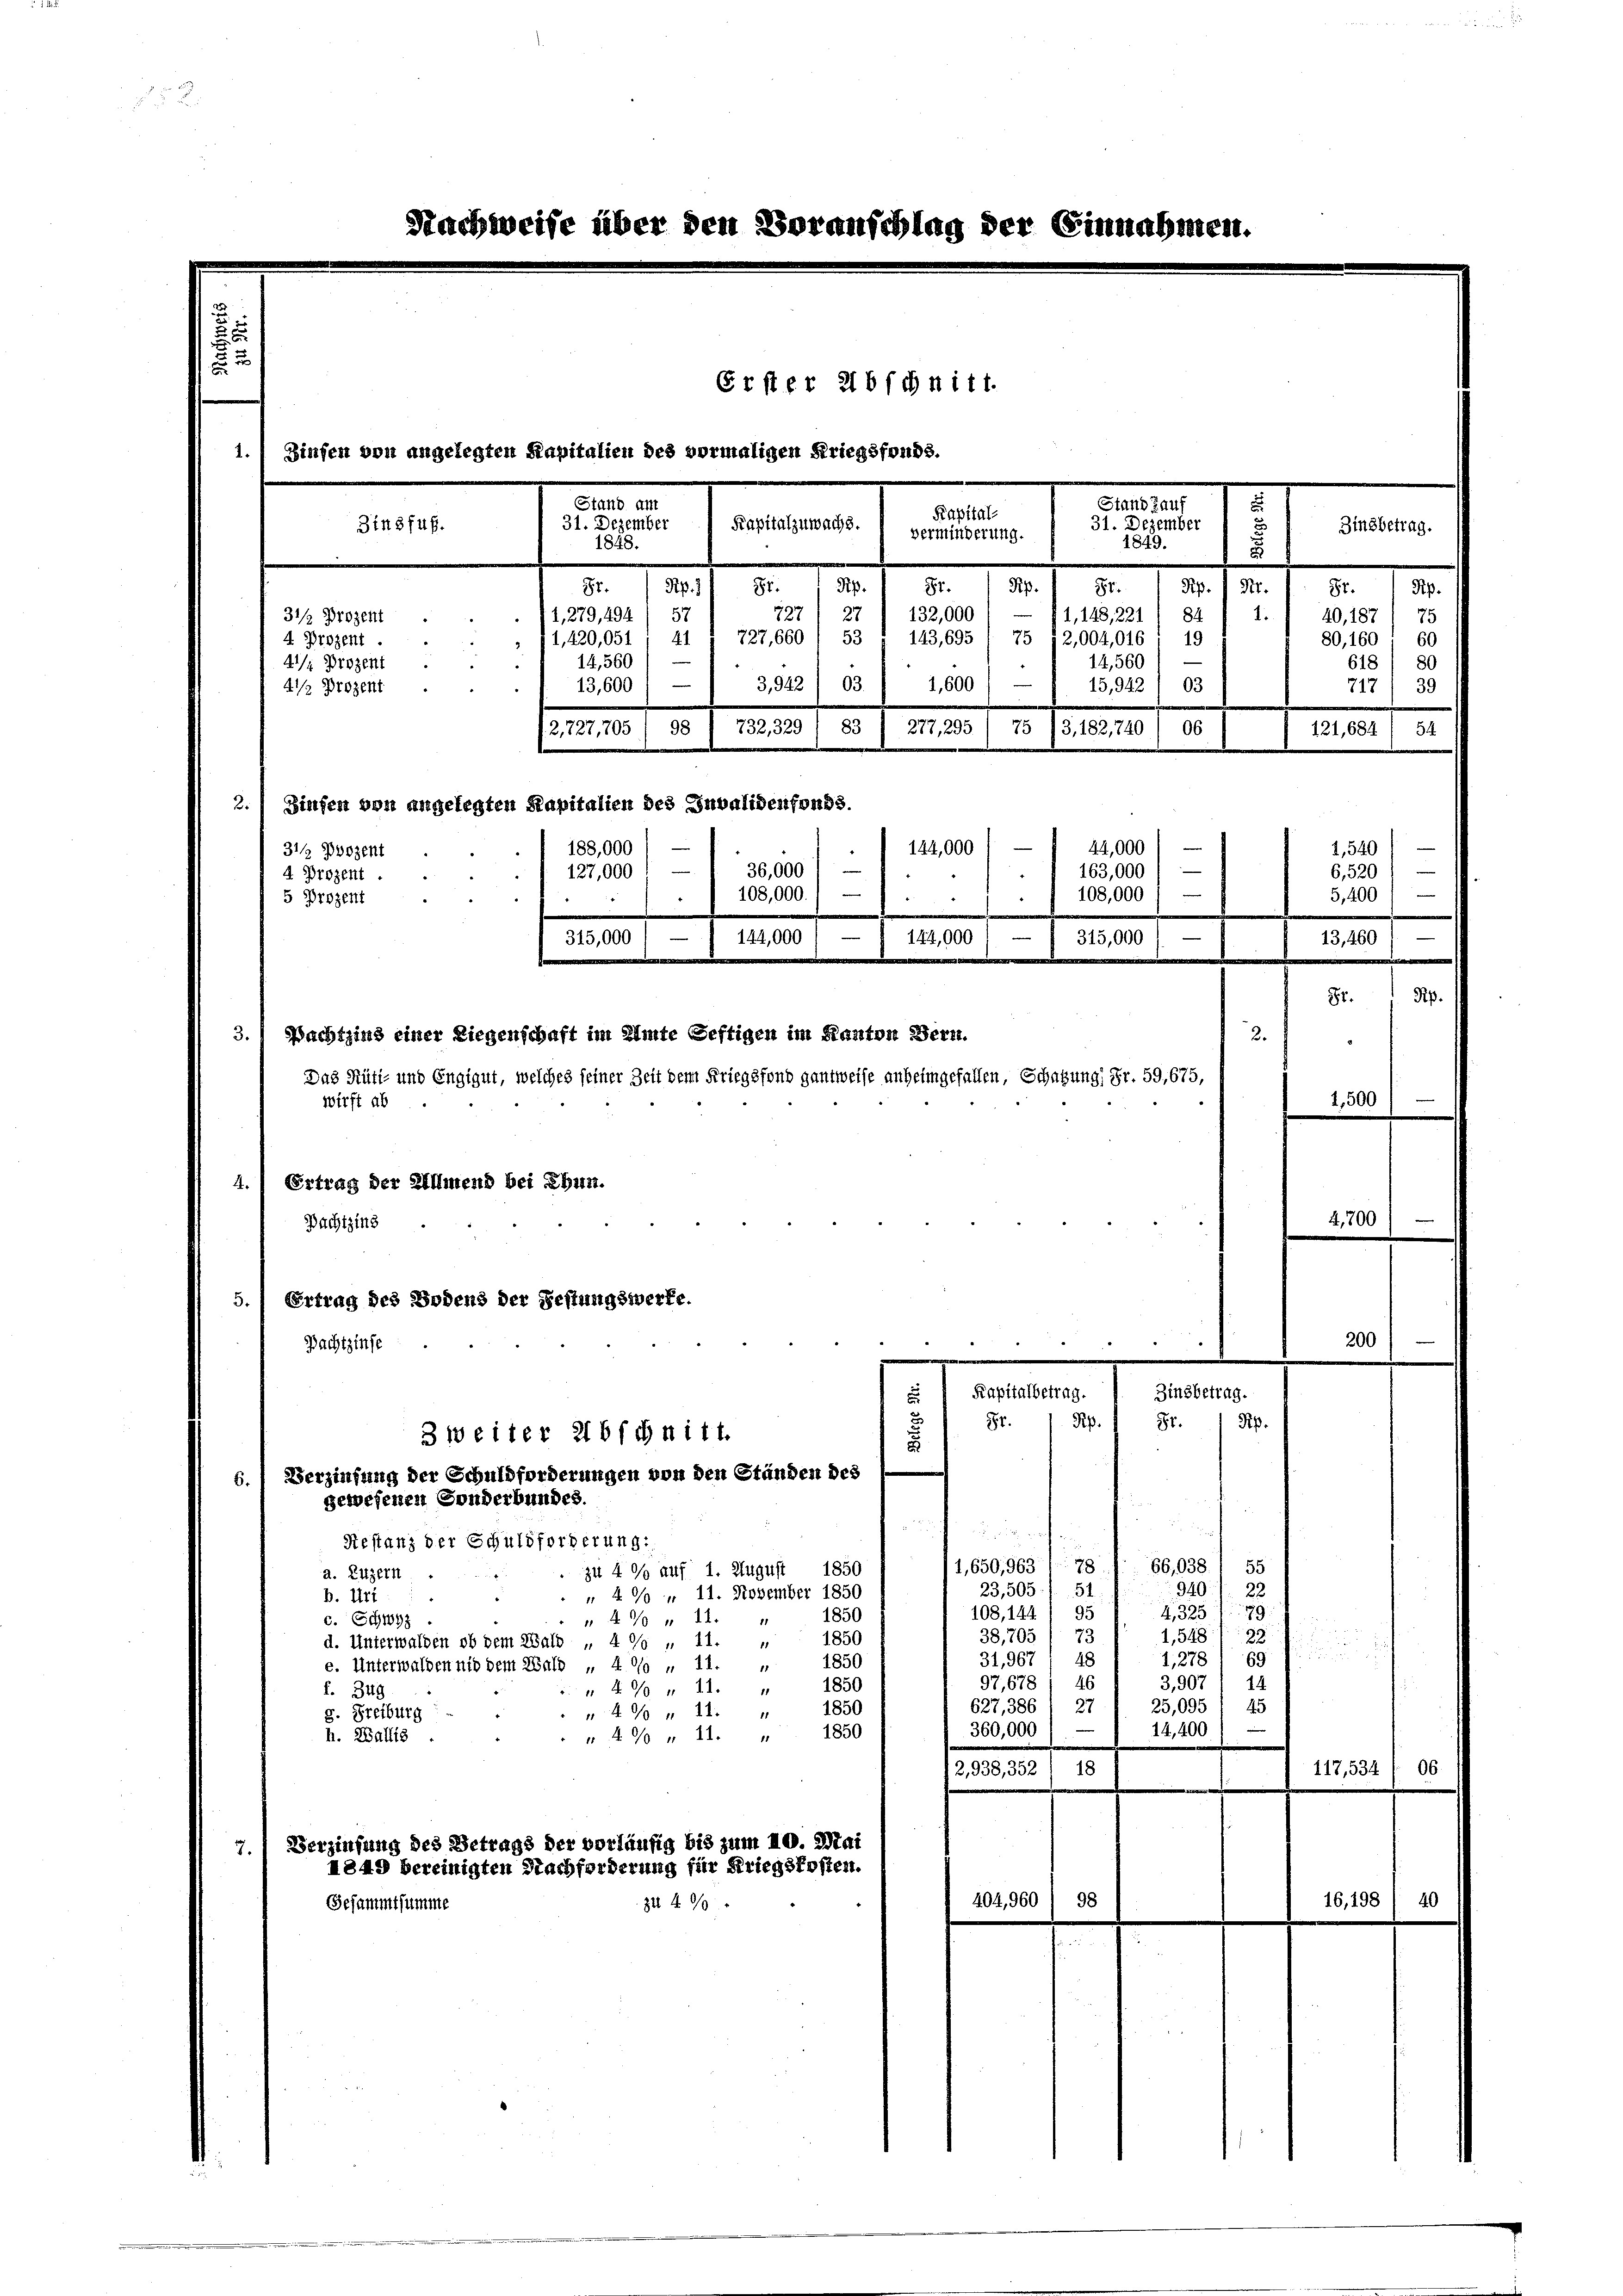
Nachweise über den Voranschlag der Einnahmen.

Erster abschnitt.
1. Zinsen von angelegten Kapitalien des vormaligen Kriegsfonds.
u
Stand am
Stand kauf
Kapital
31. Dezember
Kapitalzuwachs.
31. Dezember
Zinsfuß.
verminderung.
1849.
1848.
8
Rp.
. /. M.
84.
Rp. 1181.
87.
Rp.
St.
1.
27
84
132,000
127
1,279,494) 57
31/ Drozent
1,148, 221
4.1.
727,660
53
143,695' 75 12,004,016' 19
4 Prozent.
11,420,051
14,560
14,560
4 Prozent

Zinsbetrag.
Pp.
Sr.
40,187/ 75
60
80,160
618
80
717/ 39

1,600 / —
13,600 / —
3,942) 03.
15,942) 03
4 Prozent
12727,705/98 / 732, 329 (83 / 277, 295 (75 /3,182740 / 06
3. Zinsen von angelegten Kapitalien des Invalidenfonds.
—
44,000
188,000
144,000
31/ Dozent
163,000
127,000
4 Prozent.
108,000
5 Prozent
i
.
315,000
 315,000
1101. 11. 100
3. Nachtzins einer Liegenschaft im Amte Seftigen im Kanton Bern.
2.
Das Rüti- und Engigut, welches seiner Zeit dem Kriegsfond gantweise anheimgefallen, Schatzung, Fr. 59, 675,
wirft ab
4.) Ertrag der Allmend bei Ehun.
Pachtzins
5. Ertrag des Bodend der Festungswerke.
Pachtzinse
4 " " " 1

—
e

1,540
—
6,520

5,400

—
36,000
e
108,000.

3,460

1,500

4,700

Kapitalbetrag.
u
84 Rp.
3 weiter abschnitt.
Verzinsung der Schuldforderungen von den Ständen des
gewesenen Sonderbundes.

Zinsbett
Sr.
6.
un rechen
Restanz der Schuldforderung:
78
1,650,962
zu 4 % auf 1. August 1850
a. Luzern
23,505/ 51
 4 % " 11. November 1850
b. Urt
108, 144) 95
47 „ 11. " 1850
c. Schwyz
38,705 1 73
1850
d. Unterwalden ob dem Salb „ 4 % , 11. „
31,967 / 48
1850
e. Unterwalden nid dem Bald „ 4 % „ 11.
11
97,678) 46
1850
 490 n 11. "
f. 349
627, 386 1 27
1850
490 n 11.
g. Freiburg
360,000
e
1850
49 n 11.
h. Wallis
2,938,352) 18
Verzinsung des Betrags der vorläufig bis zum 10. Mai
7.
1849 bereinigten Nachforderung für Kriegskosten.
404,960 / 98
Gesammtsumme
zu 490

49.
Rp.

66,038 I 55
32

940
43257
I,548 f. 89
4,278/9
14.
3,907
25,095 / 45
14,400
117,534.